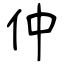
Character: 仲